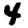
Digit: 4